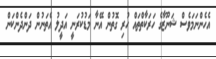
އެހެންނަމަވެސް ޝަނޫޒާގެ ހަރަކާތްތައް ހުރި ގޮތުން އޭނާ މަޑުކުރަނީ އަދީލު އެތަނުން ދަންދެންކަން